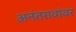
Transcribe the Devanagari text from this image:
अनंतरावांवर